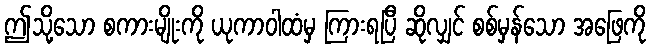
ဤသို့သော စကားမျိုးကို ယုကာဝါထံမှ ကြားရပြီ ဆိုလျှင် စစ်မှန်သော အဖြေကို